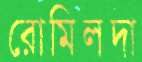
রোমিলদা